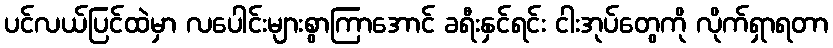
ပင်လယ်ပြင်ထဲမှာ လပေါင်းများစွာကြာအောင် ခရီးနှင်ရင်း ငါးအုပ်တွေကို လိုက်ရှာရတာ